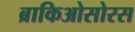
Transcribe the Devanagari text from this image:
ब्राकिओसोरस